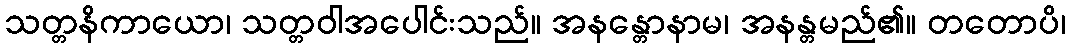
သတ္တနိကာယော၊ သတ္တဝါအပေါင်းသည်။ အနန္တောနာမ၊ အနန္တမည်၏။ တတောပိ၊